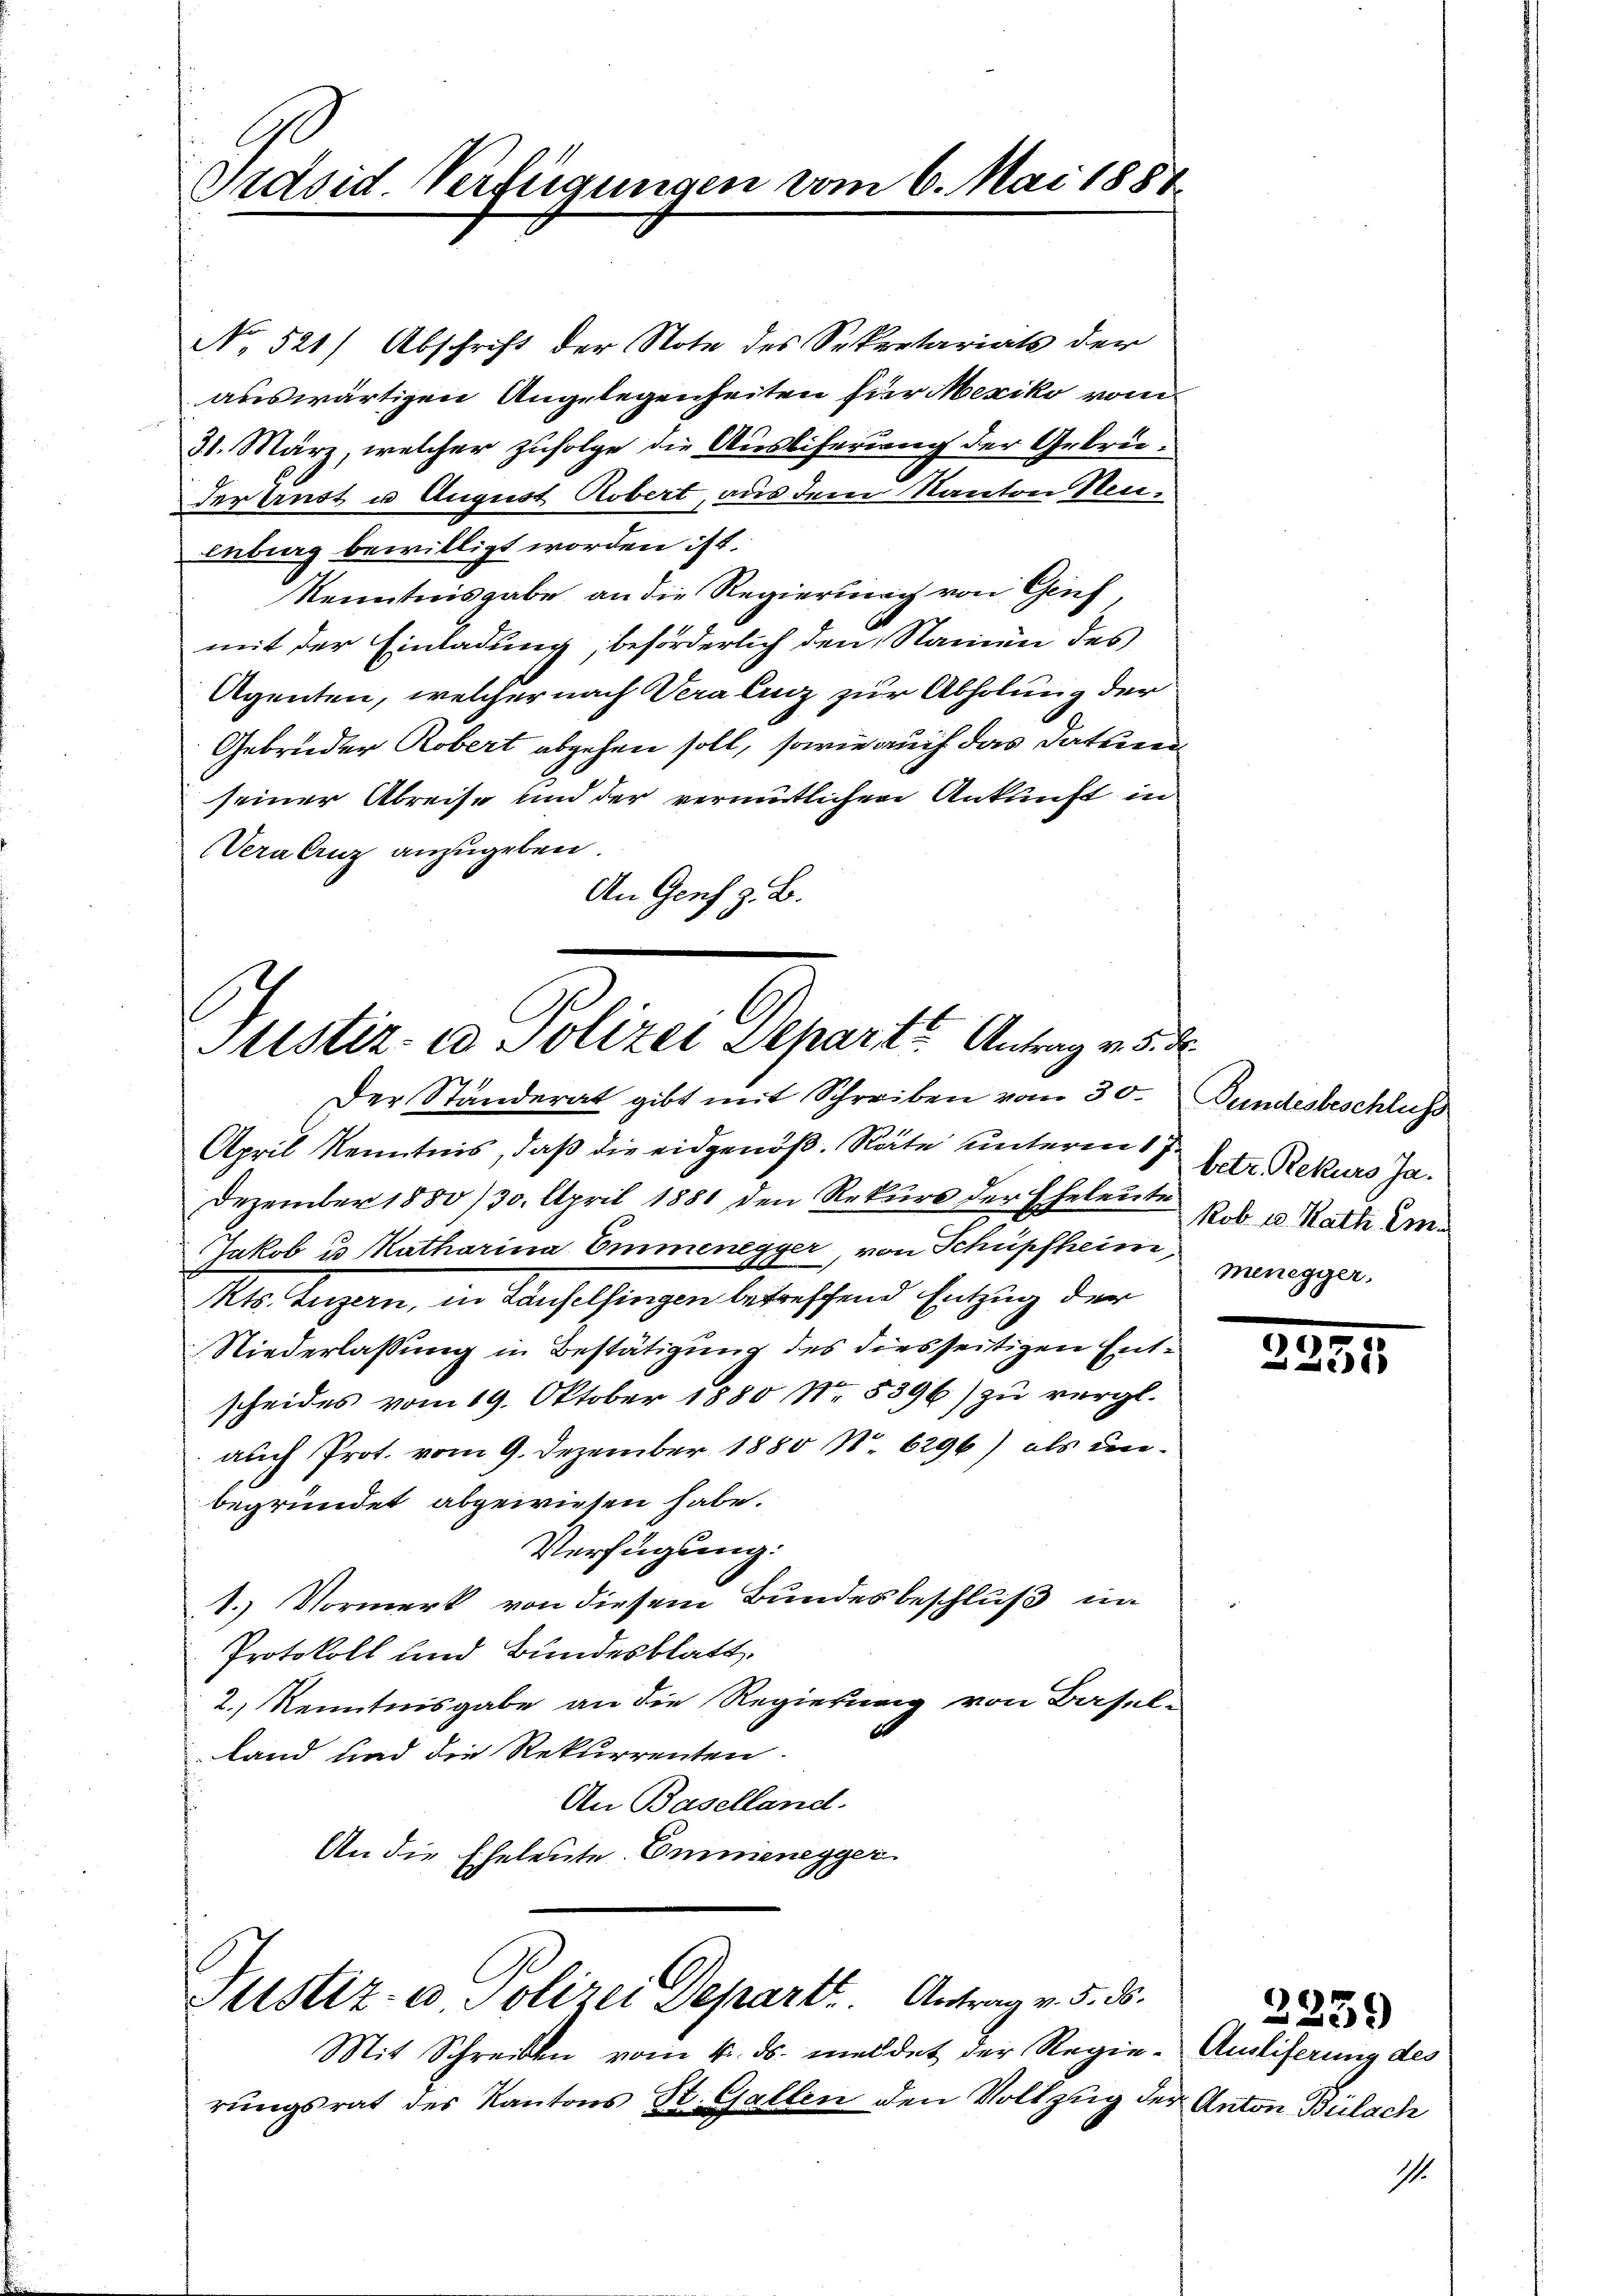
Präsid. Verfügungen vom 6. Mai 1887

No. 521) Abschrift der Note des Sekretariats der
auswärtigen Angelegenheiten für Mexiko vom
31. März, welcher zufolge die Ausliferung der Gebrüder ernst u August Robert, aus dem Kanton Neuenburg bewilligt worden ist.
Kenntnisgabe an die Regierung von Genf,
mit der Einladung, beförderlich den Namen des
Agenten, welcher nach Vera linz zur Abholung der
Gebrüder Robert abgehen soll, sowie auch das Datum
seiner Abreise und der vermutlichen Ankunft in
Vera Arnz anzugeben.
An Genf z. B.

Justir. v. Polizer Departe Antrages
Der Ständerat gibt mit Schreiben vom 30.

April Kenntnis, daß die eidgenöß. Räte unterm 1 Str. Rekurs Ja¬
Dezember 1883/30. April 1881 den Rekurs der Eheleute Rob. 18. Rath m
Jakob u Katharina Emmenegger, von Schüpfheim,
Mts. Luzern, in Laufelsingen betreffend Entzung der
Niederlassung in Bestätigung des diesseitigen Entscheides vom 19. Oktober 1880 Nr. 5396) zu vergl.
auch Prot. vom 9. Dezember 1880 No 6296) als unbegründet abgewiesen habe.
Verfügung:
1.) Vormerk von diesem Bundesbeschluß in
Protokoll und Bundesblatt
2.) Kenntnisgabe an die Regierung von Basel-
land und die Rekurrenten.
An Baselland.
An die Eheleute. Emmenegger

Justiz- u. Polizei Departe. Antrag v. 5. ds.

Mit Schreiben vom 4. ds. meldet der Regierungsrat des Kantons St. Gallen den Vollzug de

Gundesbeschluss
menegger.

15.
28

Ausliferung des
es Anton Bülach

2239